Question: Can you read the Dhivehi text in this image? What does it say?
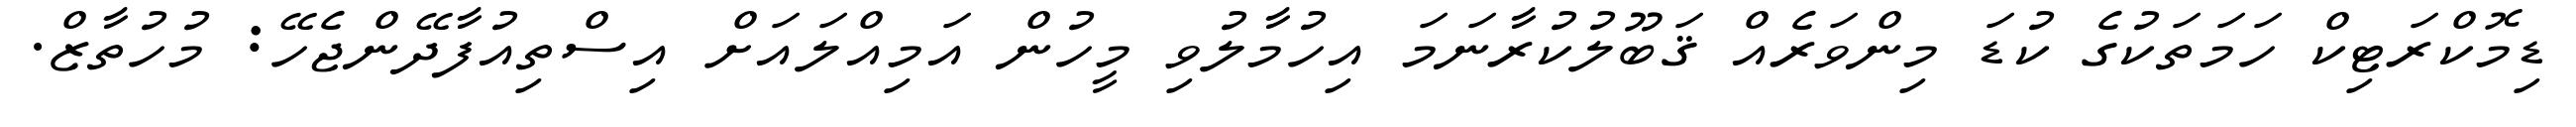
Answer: ޑިމޮކްރަޓިކް ހަމަތަކުގެ ކުޑަ މިންވަރެއް ޤަބޫލުކުރާނަމަ އިހުމާލުވި މީހުން އަމިއްލައަށް އިސްތިއުފާދޭންޖެހޭ: މުހުތާޒް.